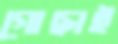
গোছাই